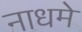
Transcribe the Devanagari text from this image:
नाधमे